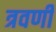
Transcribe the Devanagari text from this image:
त्रवणी